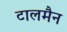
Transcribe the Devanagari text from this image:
टालमैन